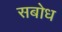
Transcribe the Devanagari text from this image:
सबोध